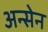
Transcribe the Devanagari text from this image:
अन्सेन